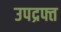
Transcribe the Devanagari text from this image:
उपद्रफ्त